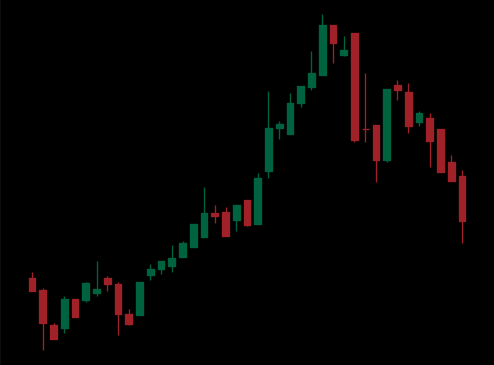
Pattern: bear_flag